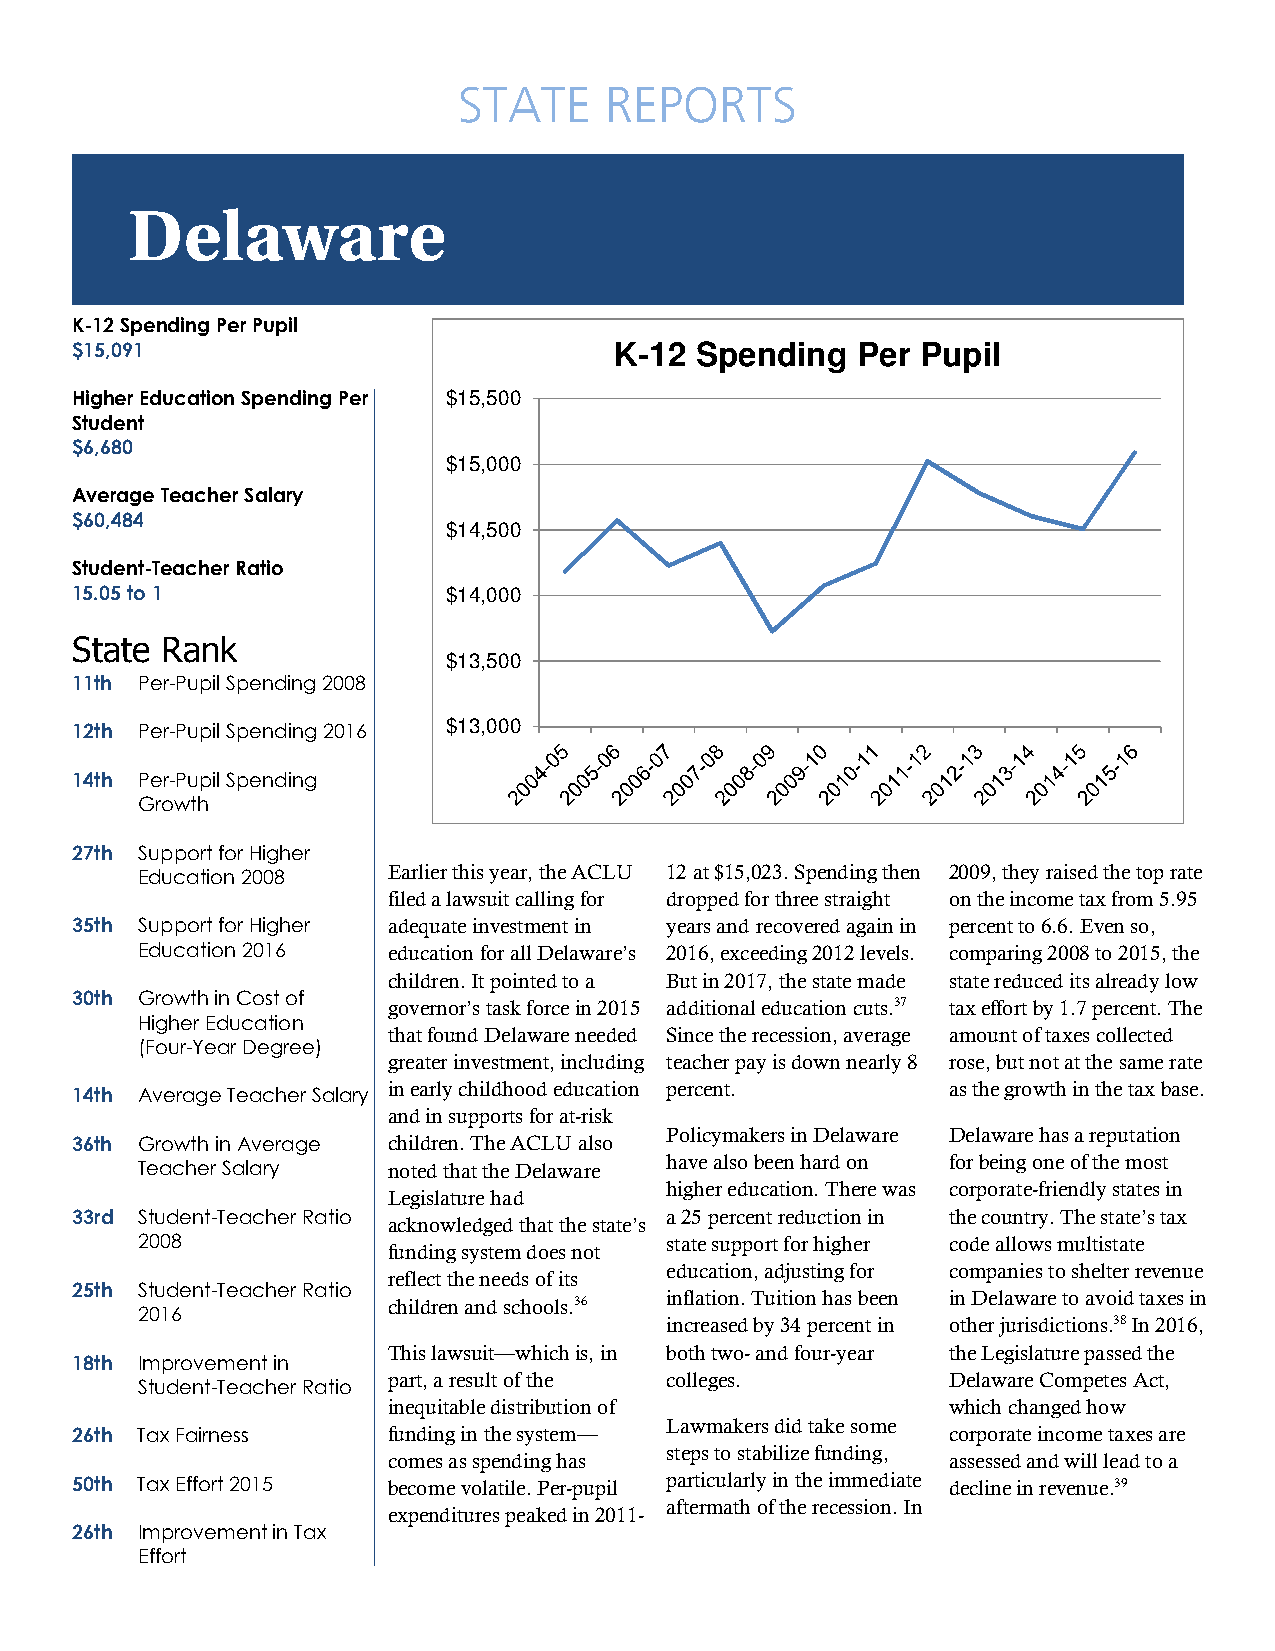
STATE     REPORTS
 Delaware
 K-12 Spending Per Pupil
 $15,091                             K-12 Spending   Per Pupil
 Higher Education Spending Per $15,500
 Student
 $6,680
 $15,000
 Average Teacher Salary
 $60,484
 $14,500
 Student-Teacher Ratio
 15.05 to 1               $14,000
 State Rank
 $13,500
 11th Per-Pupil Spending 2008
 $13,000
 12th Per-Pupil Spending 2016
 14th Per-Pupil Spending
 Growth
 27th Support for Higher
 Education 2008   Earlier this year, the ACLU 12 at $15,023. Spending then 2009, they raised the top rate
 filed a lawsuit calling for dropped for three straight on the income tax from 5.95
 35th Support for Higher adequate investment in years and recovered again in percent to 6.6. Even so,
 Education 2016   education for all Delaware’s 2016, exceeding 2012 levels. comparing 2008 to 2015, the
 children. It pointed to a But in 2017, the state made state reduced its already low
 30th Growth in Cost of
 governor’s task force in 2015 additional education cuts.37 tax effort by 1.7 percent. The
 Higher Education
 that found Delaware needed Since the recession, average amount of taxes collected
 (Four-Year Degree)
 greater investment, including teacher pay is down nearly 8 rose, but not at the same rate
 in early childhood education percent. as the growth in the tax base.
 14th Average Teacher Salary
 and in supports for at-risk
 Policymakers in Delaware Delaware has a reputation
 36th Growth in Average children. The ACLU also
 have also been hard on for being one of the most
 Teacher Salary   noted that the Delaware
 Legislature had
 higher education. There was corporate-friendly states in
 33rd Student-Teacher Ratio             a 25 percent reduction in the country. The state’s tax
 acknowledged that the state’s
 2008                               state support for higher code allows multistate
 funding system does not
 education, adjusting for companies to shelter revenue
 reflect the needs of its
 25th Student-Teacher Ratio
 inflation. Tuition has been in Delaware to avoid taxes in
 children and schools.36
 2016
 increased by 34 percent in other jurisdictions.38 In 2016,
 This lawsuit—which is, in both two- and four-year the Legislature passed the
 18th Improvement in
 part, a result of the colleges.      Delaware Competes Act,
 Student-Teacher Ratio
 inequitable distribution of          which changed how
 Lawmakers did take some
 26th Tax Fairness    funding in the system—               corporate income taxes are
 steps to stabilize funding,
 comes as spending has                assessed and will lead to a
 50th Tax Effort 2015 become volatile. Per-pupil particularly in the immediate decline in revenue.39
 aftermath of the recession. In
 expenditures peaked in 2011-
 26th Improvement in Tax
 Effort